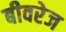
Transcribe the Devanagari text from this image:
बीवरेज